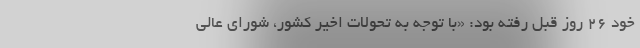
خود 26 روز قبل رفته بود: «با توجه‌ به‌ تحولات‌ اخیر كشور، شورای ‌عالی‌